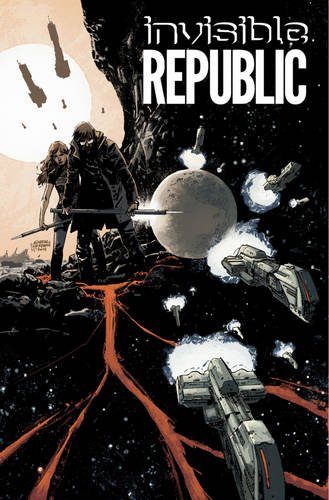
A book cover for Invisible Republic Volume 1; Gabriel Hardman; Comics & Graphic Novels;